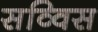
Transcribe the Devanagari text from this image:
सव्विस